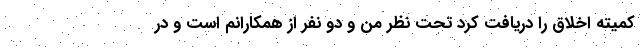
کمیته اخلاق را دریافت کرد تحت نظر من و دو نفر از همکارانم است و در